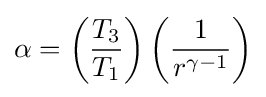
\alpha =\left({\frac {T_{3}}{T_{1}}}\right)\left({\frac {1}{r^{\gamma -1}}}\right)